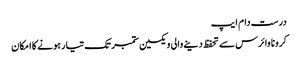
درست دام ایپ
کرونا وائرس سے تحفظ دینے والی ویکسین ستمبر تک تیار ہونے کا امکان